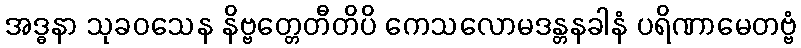
အဒ္ဓနာ သုခဝသေန နိဗ္ဗတ္တေတီတိပိ ကေသလောမဒန္တနခါနံ ပရိဏာမေတဗ္ဗံ